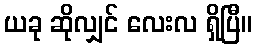
ယခု ဆိုလျှင် လေးလ ရှိပြီ။